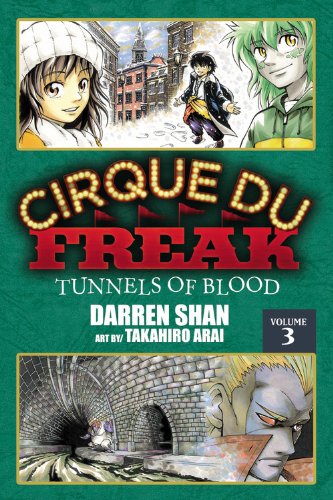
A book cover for Cirque du Freak, Vol. 3: Tunnels of Blood; Darren Shan; Teen & Young Adult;